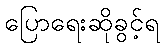
ပြောရေးဆိုခွင့်ရ